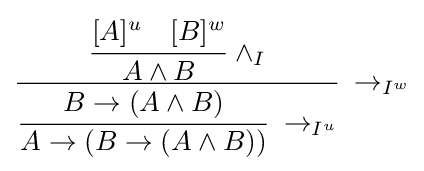
{\cfrac {{\cfrac {[A]^{u}\quad [B]^{w}}{A\land B}}\ \land _{I}}{{\cfrac {B\to \left(A\land B\right)}{A\to \left(B\to \left(A\land B\right)\right)}}\ \to _{I^{u}}}}\ \to _{I^{w}}